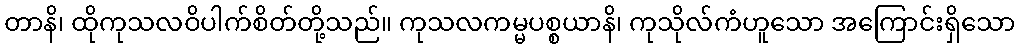
တာနိ၊ ထိုကုသလဝိပါက်စိတ်တို့သည်။ ကုသလကမ္မပစ္စယာနိ၊ ကုသိုလ်ကံဟူသော အကြောင်းရှိသော